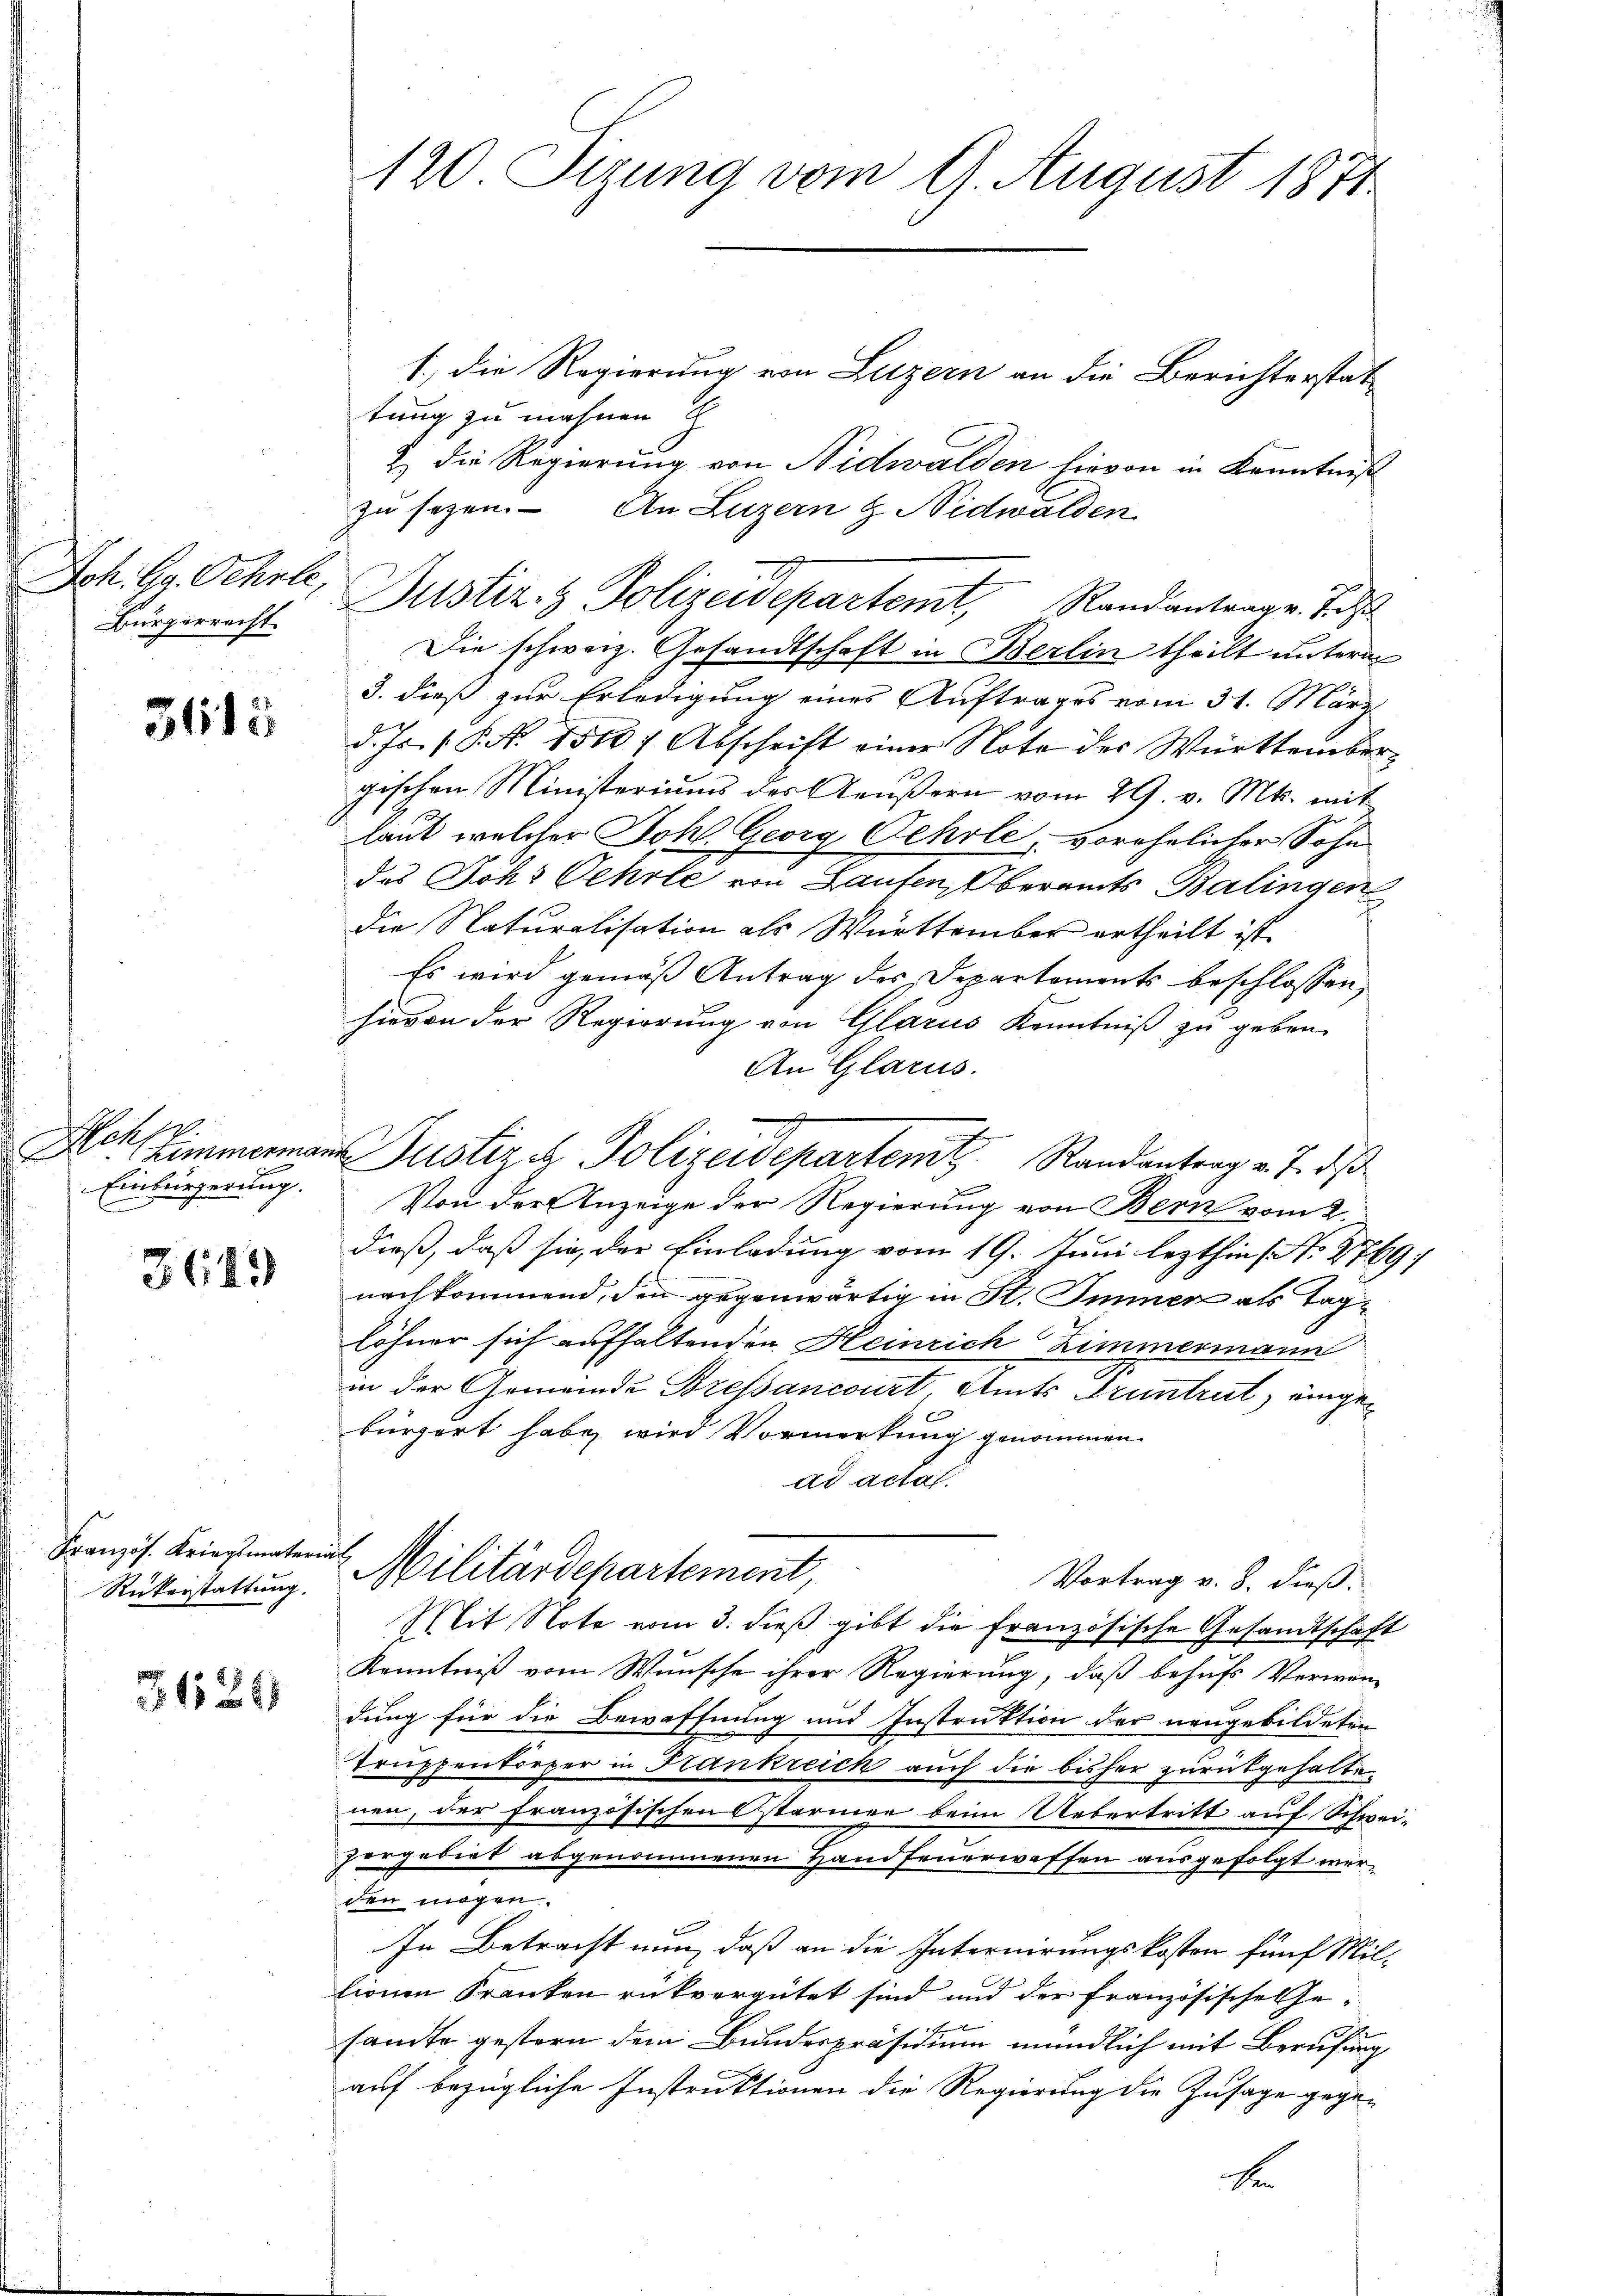
Joh. Gg. Schule,
Bürgerrecht.

3113

Schw.
Himmerma
Einbürgerung.

3649

Französ. Kriegsmateria
Rükerstattung.

31126

120 Tizung vom 29. August 1874.

1., die Regierung von Luzern an die Berichterstat
tung zu mahnen
2 die Regierung von Nidwalden hievon in Kenntniß
zu sezen. – An Luzern & Nidwalden
Dustiz- & Polizeidepartemt, Randantrag v. J. d
Die schweiz. Gesandtschaft in Berlin theilt unterm
3. dieß zur Erledigung eines Auftrages vom 31. März
d. Js. (P. N. 15107 Abschrift einer Note der Württembergischen Ministeriums des Aeußern vom 29. v. Mts. mit
laut welcher Johl. Georg Oehrle, vorehelicher Sohn
des Johs Oehrte von Laufen, Oberamts Balingen
die Naturalisation als Württember ertheilt ist.
Es wird gemäß Antrag des Departements beschlossen,
hievon der Regierung von Glarus Kenntniß zu geben.
An Glarus.
.
.
Justiz & Polizeidepartem Randantrag v. 7. ds
Von der Anzeige der Regierung von Bern vom 2.
dieß, daß sie, der Einladung vom 19. Juni lezthin (N. 2769;
nachkommend, den gegenwärtig in St. Immen als Taglöhner sich aufhaltenden Heinrich Zimmermann
in der Gemeinde Bressancourt Amts Gruntrut, eingebürgert habe, wird Vormerkung genommen
ad actat.
 Militärdepartement,
Vortrag v. 8. dieß:
Mit Note vom 3. dieß gibt die französische Gesandtschaft
Kenntniß vom Wunsche ihrer Regierung, daß behufs Verwen-
dung für die Bewaffnung und Instruktion der neugebildeten
Truppenkörper in Frankreich auch die bisher zurückgehalte
nen, der französischen starmen beim Uebertritt auf Schweipergebiet abgenommenen Handfeuerwaffen ausgefolgt werden mögen.
In Betracht nun, daß an die Internirungskosten fünf Millionen Kranken rükvergütet sind und der französische Gesandte gestern dem Bundespräsidium mündlich mit Berufung
auf bezügliche Instruktionen die Regierung die Zusage gegen
be